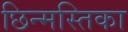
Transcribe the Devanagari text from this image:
छिन्मस्तिका